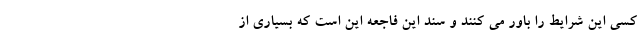
کسی این شرایط را باور می کنند و سند این فاجعه این است که بسیاری از